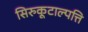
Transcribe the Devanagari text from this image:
सिरुकूटाल्पत्ति